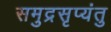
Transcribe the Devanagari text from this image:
समुद्रसृप्यंतु